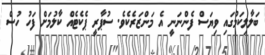
ބަލާލިކަމުގައި ވިޔަސް ފެންނަނީ އެ މަންޒަރެކެވެ. ސުޕާރީ ޕެކެޓެއް ކާލުމަށް ފަހު ހުސް